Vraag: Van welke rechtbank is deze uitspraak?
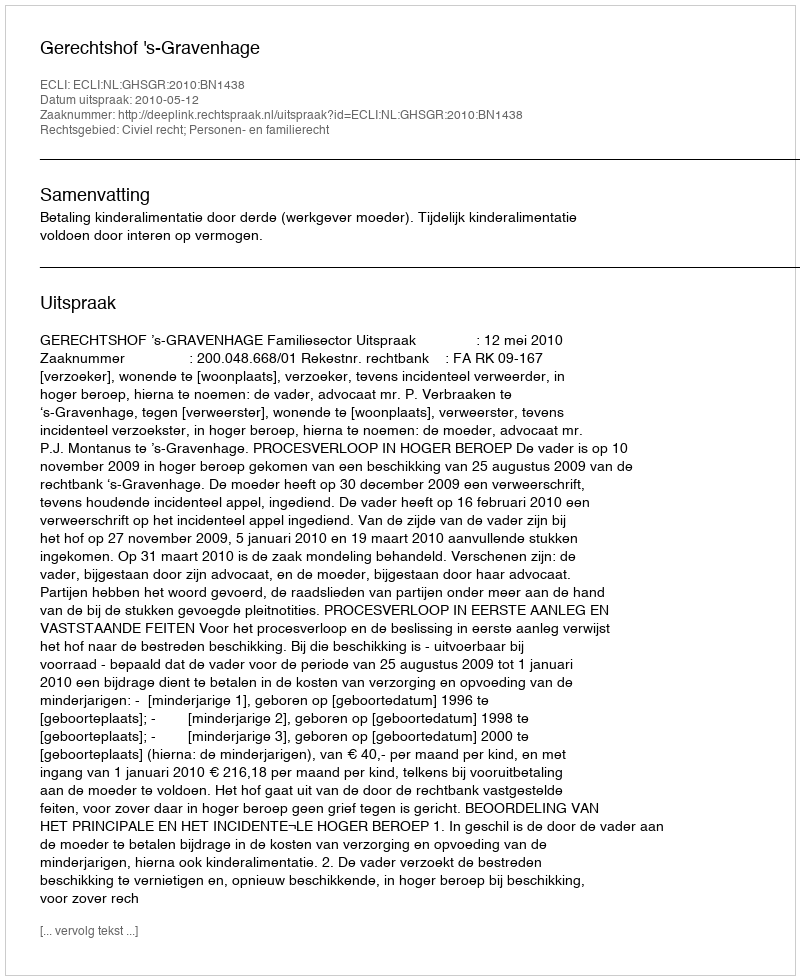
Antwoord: Gerechtshof 's-Gravenhage